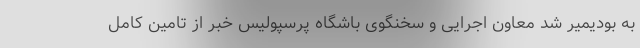
به بودیمیر شد معاون اجرایی و سخنگوی باشگاه پرسپولیس خبر از تامین کامل